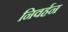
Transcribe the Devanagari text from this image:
निवर्हन